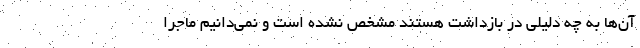
آن‌ها به چه دلیلی در بازداشت هستند مشخص نشده است و نمی‌دانیم ماجرا